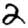
Digit: 2